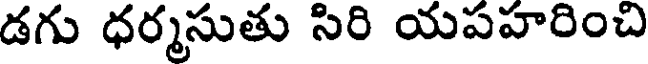
డగు ధర్మసుతు సిరి యపహరించి